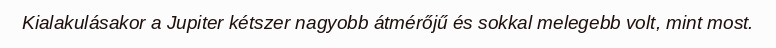
Kialakulásakor a Jupiter kétszer nagyobb átmérőjű és sokkal melegebb volt, mint most.